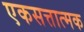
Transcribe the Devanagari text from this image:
एकसत्तात्मक